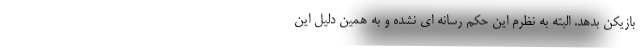
بازیکن بدهد. البته به نظرم این حکم رسانه ای نشده و به همین دلیل این